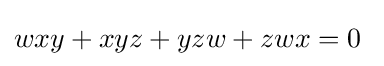
wxy+xyz+yzw+zwx=0\